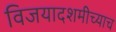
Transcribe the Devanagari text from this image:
विजयादशमीच्याच